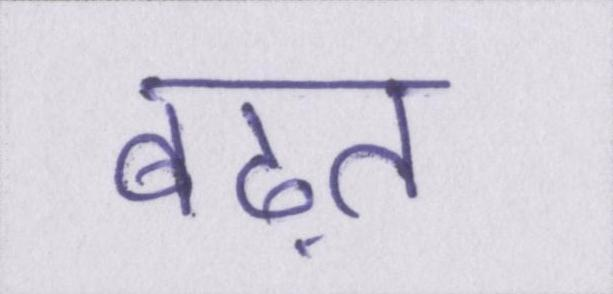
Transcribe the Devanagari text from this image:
बढ़त